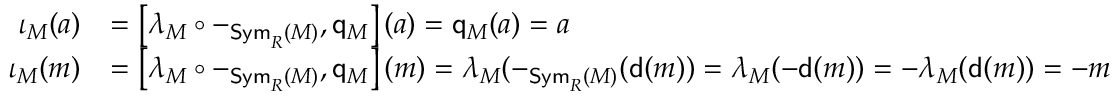
\begin{array} { r l } { \iota _ { M } ( a ) } & { = \left[ \lambda _ { M } \circ - _ { \mathsf { S y m } _ { R } ( M ) } , \mathsf { q } _ { M } \right] ( a ) = \mathsf { q } _ { M } ( a ) = a } \\ { \iota _ { M } ( m ) } & { = \left[ \lambda _ { M } \circ - _ { \mathsf { S y m } _ { R } ( M ) } , \mathsf { q } _ { M } \right] ( m ) = \lambda _ { M } ( - _ { \mathsf { S y m } _ { R } ( M ) } ( \mathsf { d } ( m ) ) = \lambda _ { M } ( - \mathsf { d } ( m ) ) = - \lambda _ { M } ( \mathsf { d } ( m ) ) = - m } \end{array}